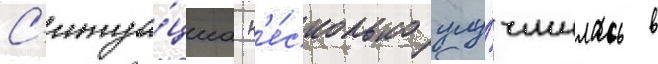
С'итуа́циа н'е́сколько улу́чшилась в